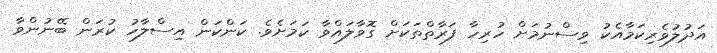
އަދުލުވެރިކަމާއެކު ވިސްނުމަށް ހުރިހާ ފަރާތްތަކަށް ގޮވާލައްވާ ކަމަށެވެ. ކަންކަން އިސްލާހު ކުރަން ބޭނުންވާ